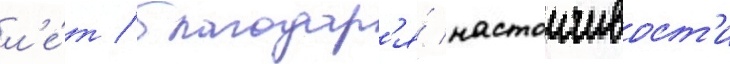
л'е́т / благодар'я́ настоичивост'и